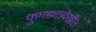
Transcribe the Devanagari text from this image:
फुगड्यादेखील